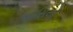
એસિયો